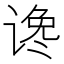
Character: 谗